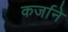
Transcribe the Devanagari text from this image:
कर्जाने